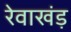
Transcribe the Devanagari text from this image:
रेवाखंड़